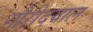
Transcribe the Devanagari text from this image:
गौरीदयाल